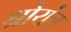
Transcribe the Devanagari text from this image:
श्रोयंत्र